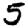
Digit: 5